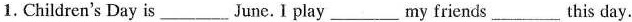
1. Children's Day is___June.I play___my friends___this day.